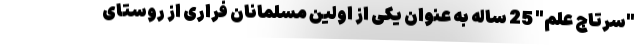
"سرتاج علم" 25 ساله به عنوان یکی از اولین مسلمانان فراری از روستای